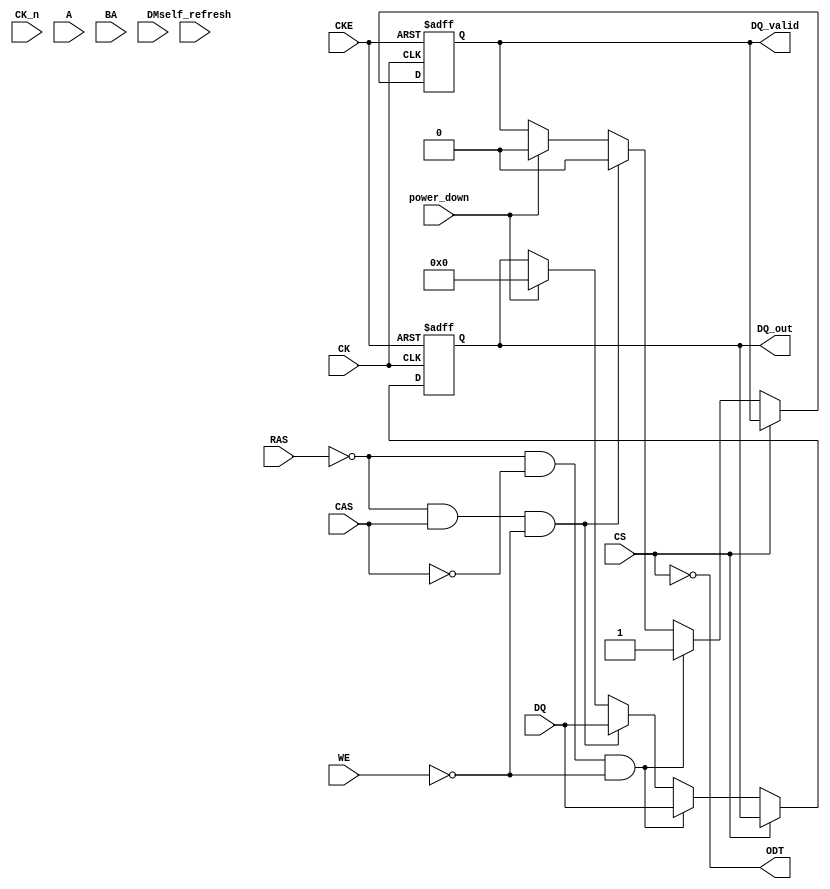
module ddr3_sdram_io (
    input         CK,
    input         CK_n,
    input         CKE,
    input         CS,
    input         RAS,
    input         CAS,
    input         WE,
    input  [11:0] A,        // Row Address
    input  [9:0]  BA,       // Bank Address
    input  [15:0] DQ,       // Data I/O
    input  [1:0]  DM,       // Data Mask
    output [15:0] DQ_out,   // Output data
    output        DQ_valid,  // Data valid indication
    output        ODT,       // On-Die Termination
    input         power_down, // Power-down control
    input         self_refresh // Self-refresh control
);

// Internal signals
reg [15:0] dq_reg;
reg dq_valid;

assign DQ_out = dq_reg;
assign DQ_valid = dq_valid;

// Data and control signal logic
always @(posedge CK or negedge CKE) begin
    if (!CKE) begin
        // Power down mode logic
        dq_reg <= 16'b0;
        dq_valid <= 1'b0;
    end else if (!CS) begin
        // Control signals processing
        if (!RAS && !CAS && !WE) begin
            // Simulated read operation
            // Here you would typically interface with memory cells
            dq_reg <= DQ; // Read data out
            dq_valid <= 1'b1;
        end else if (!RAS && CAS && !WE) begin
            // Simulated write operation
            // Here you would typically write to memory cells
            dq_reg <= DQ; // Write data
            dq_valid <= 1'b0;
        end else if (power_down) begin
            // Handle power down
            dq_reg <= 16'b0;
            dq_valid <= 1'b0;
        end else if (self_refresh) begin
            // Handle self-refresh
            // Retain data internally
            dq_valid <= dq_valid; // Maintain data valid state
        end
    end
end

// Termination control logic
assign ODT = !CS; // Enable ODT when chip is selected

endmodule